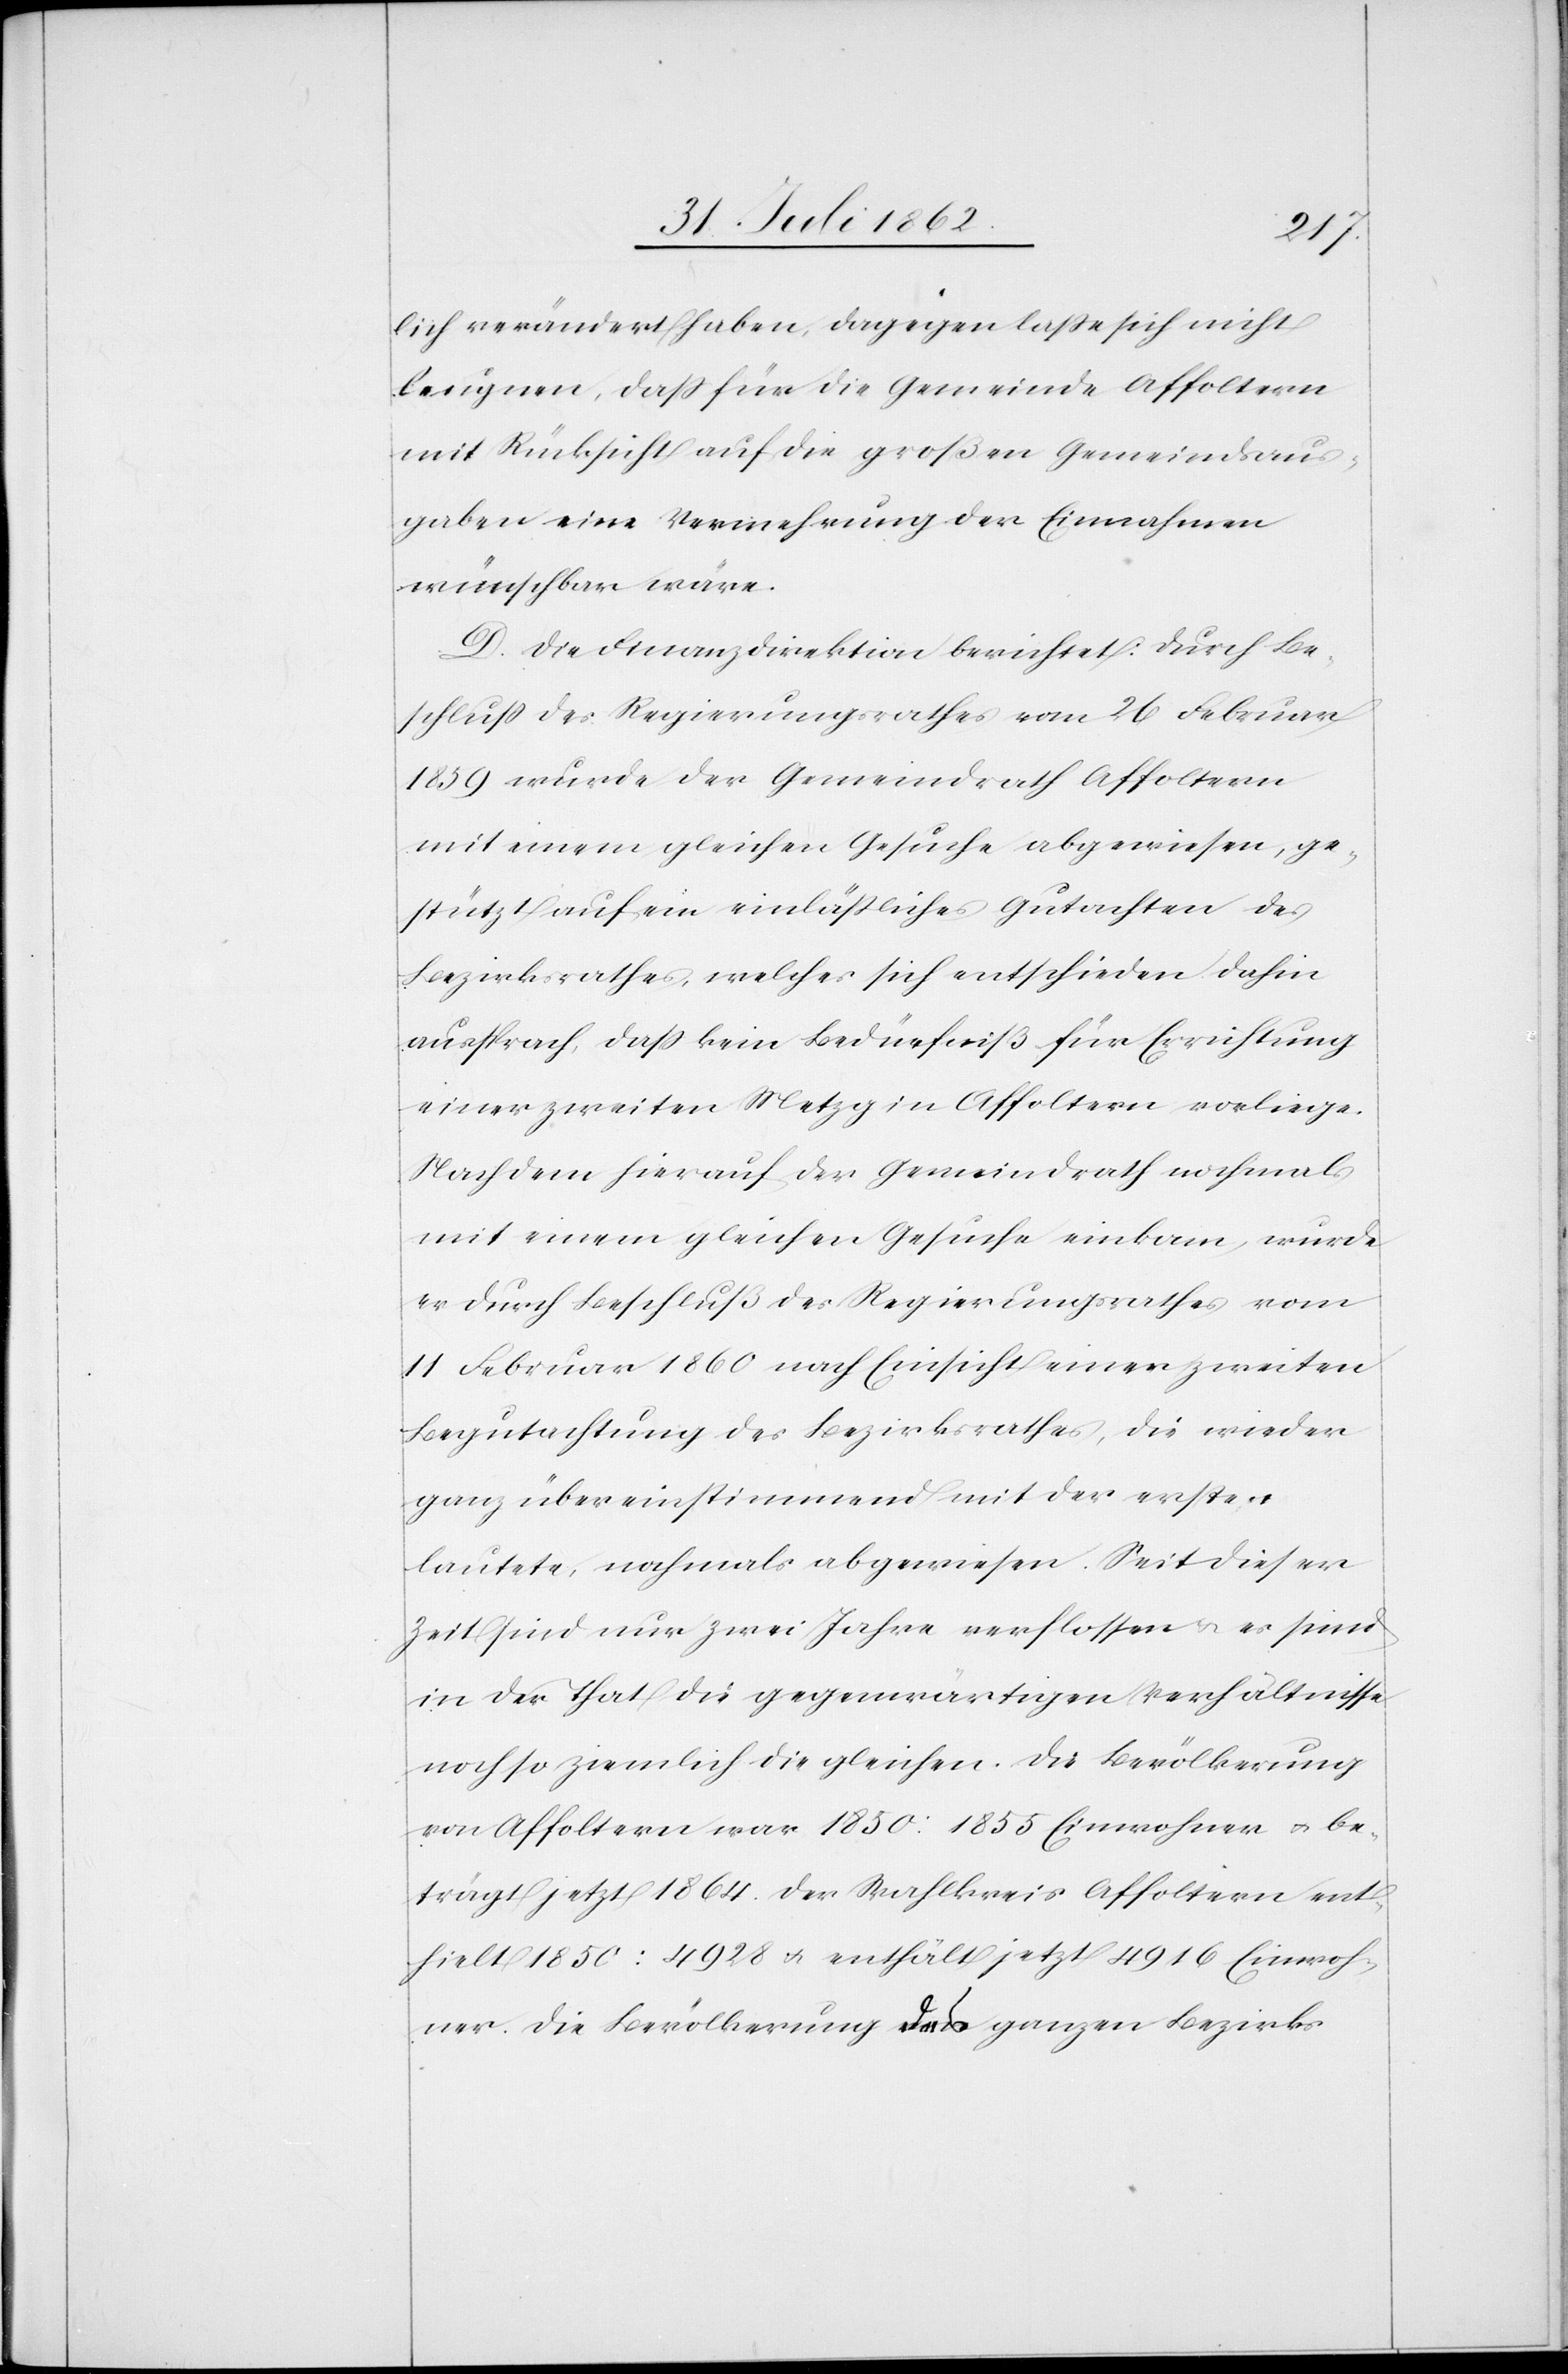
lich verändert haben, dagegen laße sich nicht
leugnen, daß für die Gemeinde Affoltern
mit Rücksicht auf die großen Gemeindsaus¬
gaben eine Vermehrung der Einnahmen
wünschbar wäre.
D. Die Finanzdirektion berichtet: Durch Be¬
schluß des Regierungsrathes vom 26. Februar
1859 wurde der Gemeindrath Affoltern
mit einem gleichen Gesuche abgewiesen, ge¬
stützt auf ein einläßliches Gutachten des
Bezirksrathes, welches sich entschieden dahin
aussprach, daß kein Bedürfniß für Errichtung
einer zweiten Metzg in Affoltern vorliege.
Nachdem hierauf der Gemeindrath nochmals
mit einem gleichen Gesuche einkam, wurde
er durch Beschluß des Regierungsrathes vom
11. Februar 1860 nach Einsicht einer zweiten
Begutachtung des Bezirksrathes, die wieder
ganz übereinstimmend mit der ersten
lautete, nochmals abgewiesen. Seit dieser
Zeit sind nur zwei Jahre verflossen u. es sind
in der That die gegenwärtigen Verhältnisse
noch so ziemlich die gleichen. Die Bevölkerung
von Affoltern war 1850: 1855 Einwohner u. be¬
trägt jetzt 1864. Der Wahlkreis Affoltern ent¬
hielt 1850: 4928 u. enthält jetzt 4916 Einwoh¬
ner. Die Bevölkerung des ganzen Bezirks